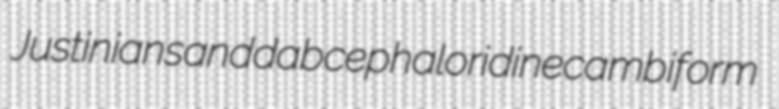
Justinian sanddab cephaloridine cambiform